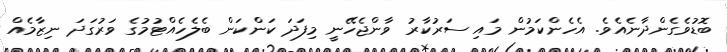
ބޮޑުވެގެންދާނެއެވެ. އެހެންކަމުން މައި ސަރުކާރު ވާންޖެހޭނީ މިފަދަ ކަންކަން ބެލެހެއްޓުމުގެ ވަރުގަދަ ނިޒާމެއް